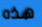
هذه